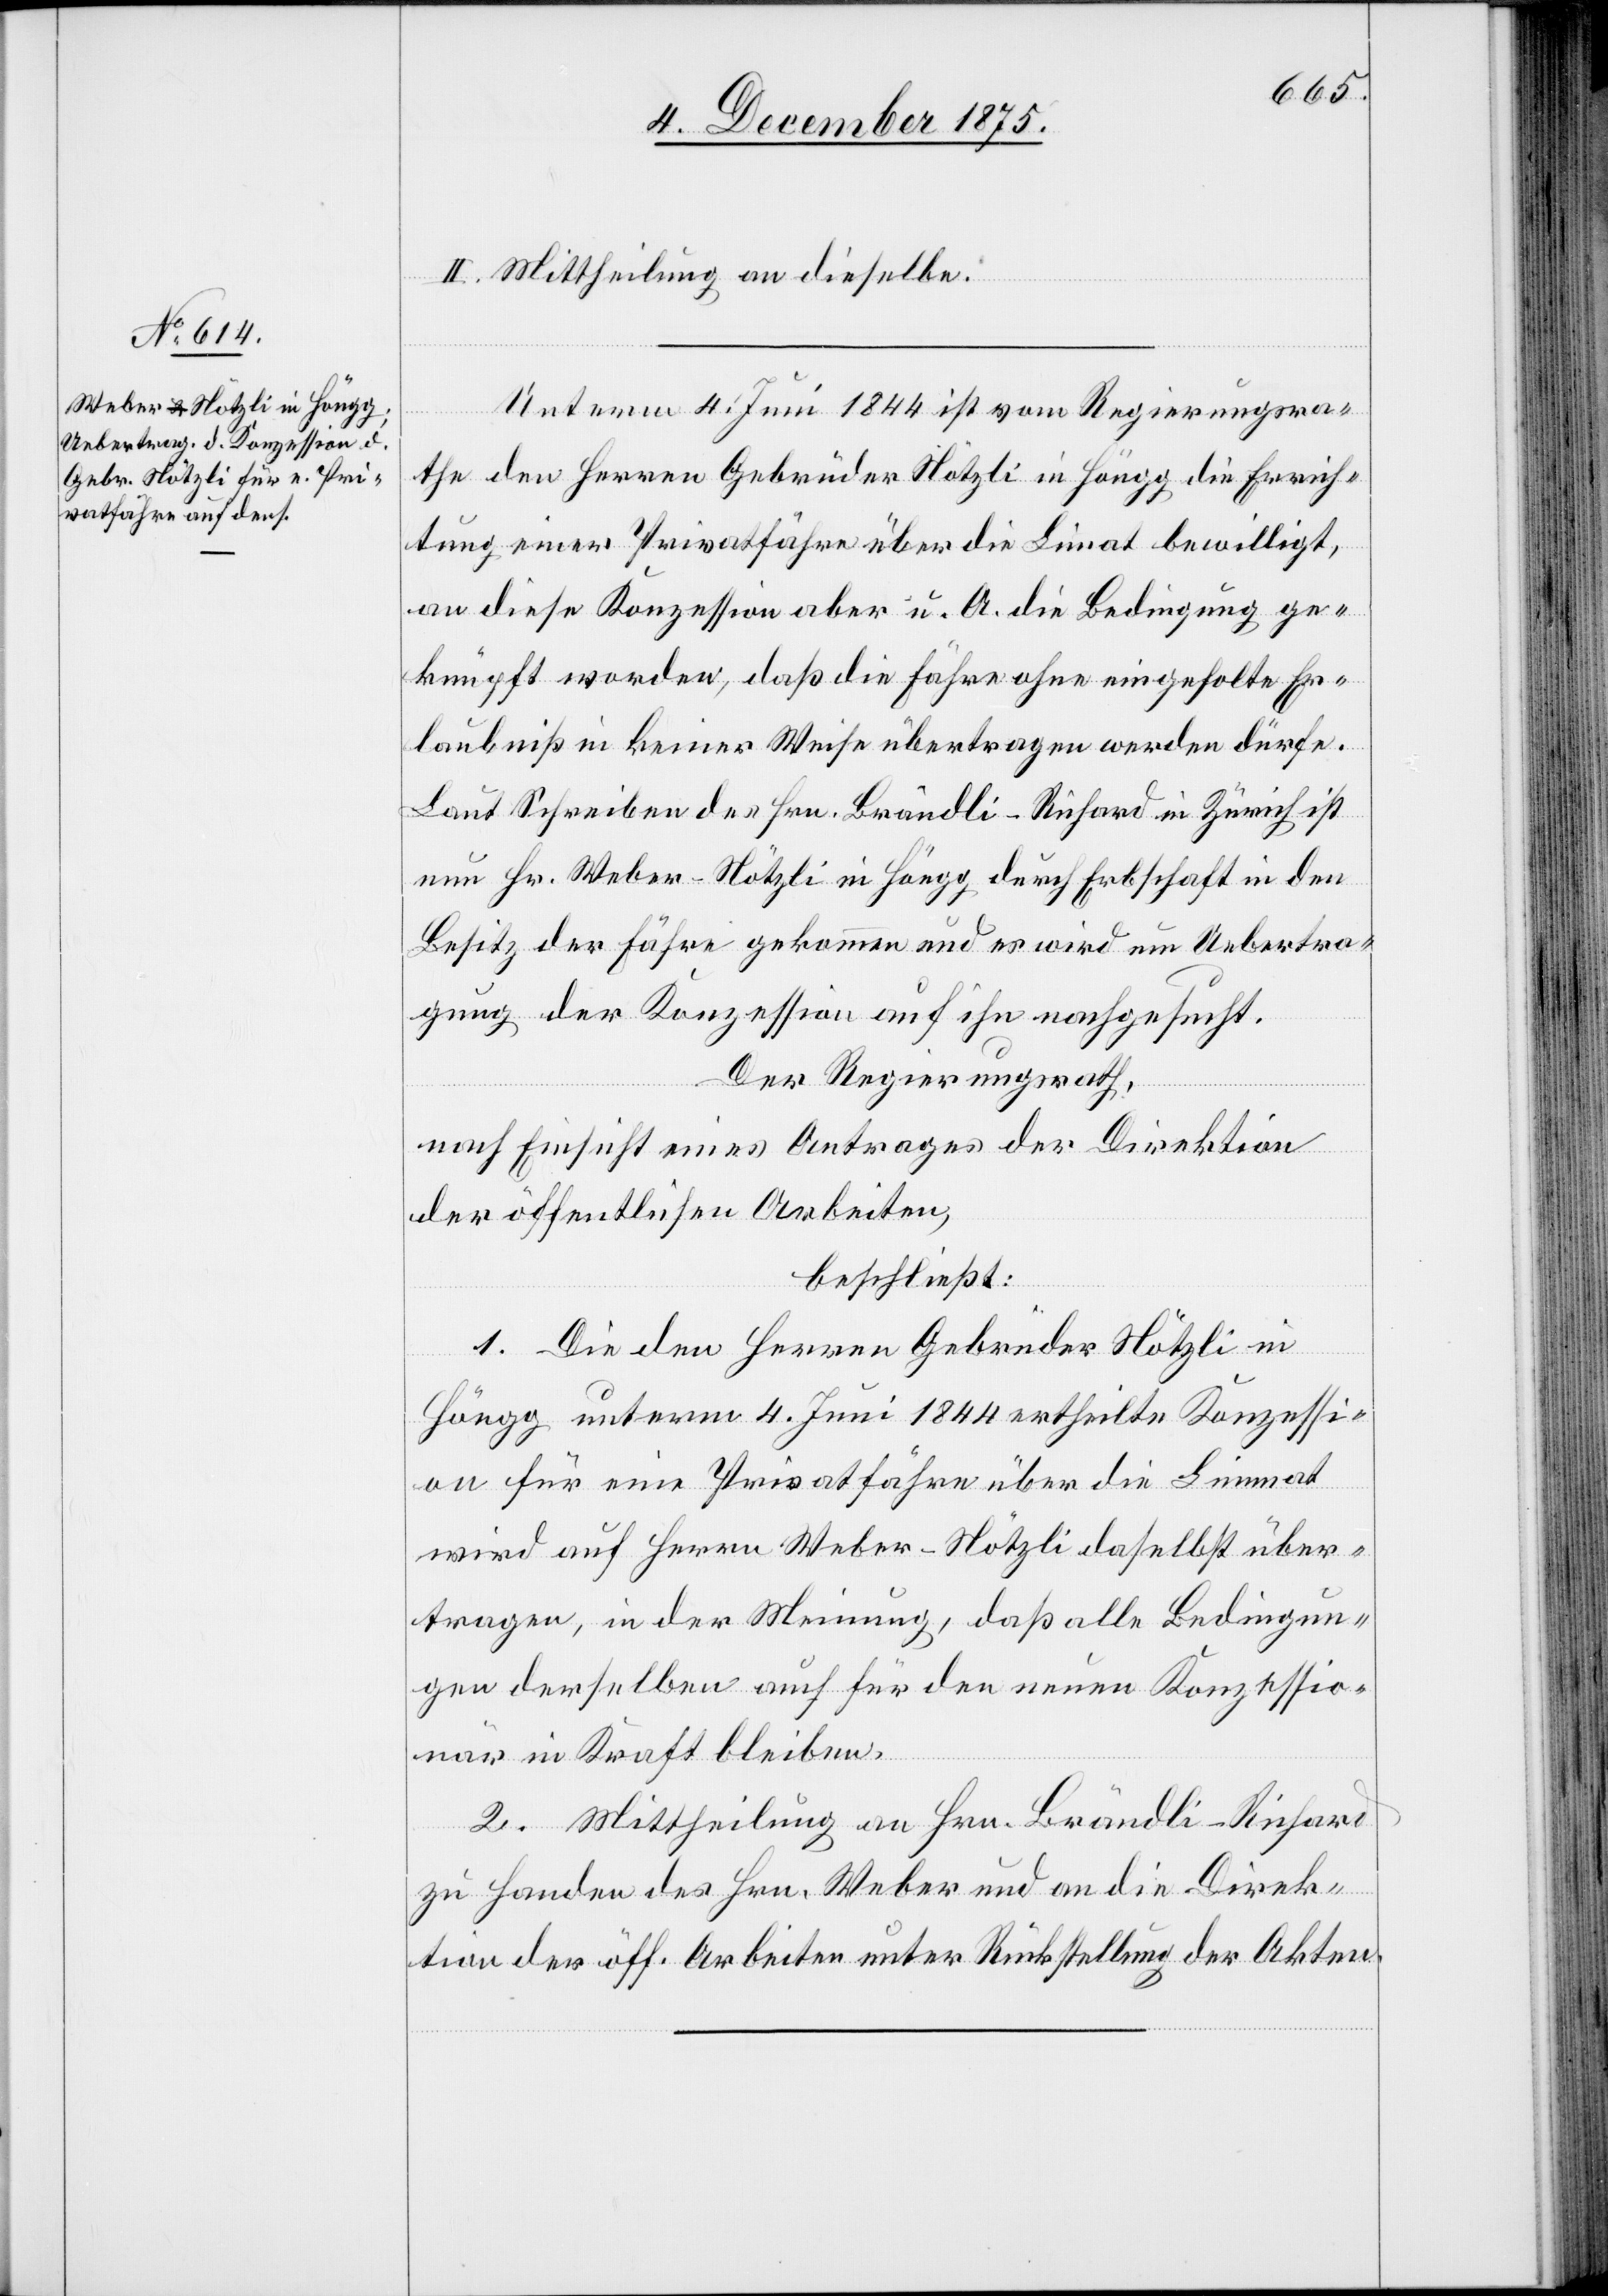
II. Mittheilung an dieselbe.
Unterm 4. Juni 1844 ist vom Regierungsra¬
the den Herren Gebrüder Nötzli in Höngg die Errich¬
tung einer Privatfähre über die Limmat bewilligt,
an diese Konzession aber u. A. die Bedingung ge¬
knüpft worden, daß die Fähre ohne eingeholte Er¬
laubniß in keiner Weise übertragen werden dürfe.
Laut Schreiben des Hrn. Brändli-Richard in Zürich ist
nun Hr. Weber-Nötzli in Höngg durch Erbschaft in den
Besitz der Fähre gekommen und es wird um Uebertra¬
gung der Konzession auf ihn nachgesucht.
Der Regierungsrath,
nach Einsicht eines Antrages der Direktion
der öffentlichen Arbeiten,
beschließt:
1. Die den Herren Gebrüder Nötzli in
Höngg unterm 4. Juni 1844 ertheilte Konzessi¬
on für eine Privatfähre über die Limmat
wird auf Herrn Weber-Nötzli daselbst über¬
tragen, in der Meinung, daß alle Bedingun¬
gen derselben auch für den neuen Konzessio¬
när in Kraft bleiben.
2. Mittheilung an Hrn. Brändli-Richard
zu Handen des Hrn. Weber und an die Direk¬
tion der öff. Arbeiten unter Rückstellung der Akten.